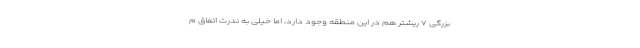
بزرگی ۷ ریشتر هم در این منطقه وجود دارد، اما خیلی به ندرت اتفاق م